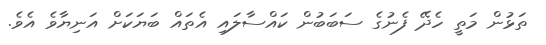
ތަޅުން މަތީ ހެދޭ ފެނުގެ ސަބަބުން ކައްސާލައި އެތައް ބަޔަކަށް އަނިޔާވެ އެވެ.